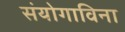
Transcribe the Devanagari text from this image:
संयोगाविना